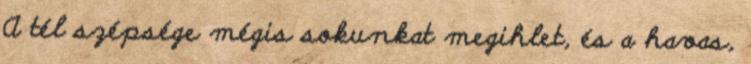
A tél szépsége mégis sokunkat megihlet, és a havas,